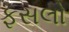
ફસલો